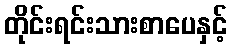
တိုင်းရင်းသားစာပေနှင့်